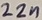
Text: 22n